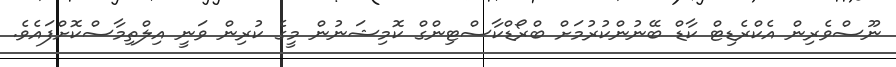
ނޫސްވެރިން އެކްރެޑިޓް ކާޑް ބޭނުންކުރުމަށް ބްރޯޑްކާސްޓިންގް ކޮމިޝަނުން މީގެ ކުރިން ވަނީ އިލްތިމާސްކޮށްފައެވެ.